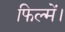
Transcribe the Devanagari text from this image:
फिल्में।